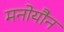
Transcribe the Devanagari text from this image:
मनोयौन